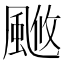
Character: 𩗚